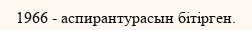
1966 - аспирантурасын бітірген.